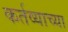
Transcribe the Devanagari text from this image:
कर्तव्याच्या